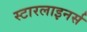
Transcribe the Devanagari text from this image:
स्टारलाइनर्स